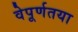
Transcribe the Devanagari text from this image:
वेपूर्णतया